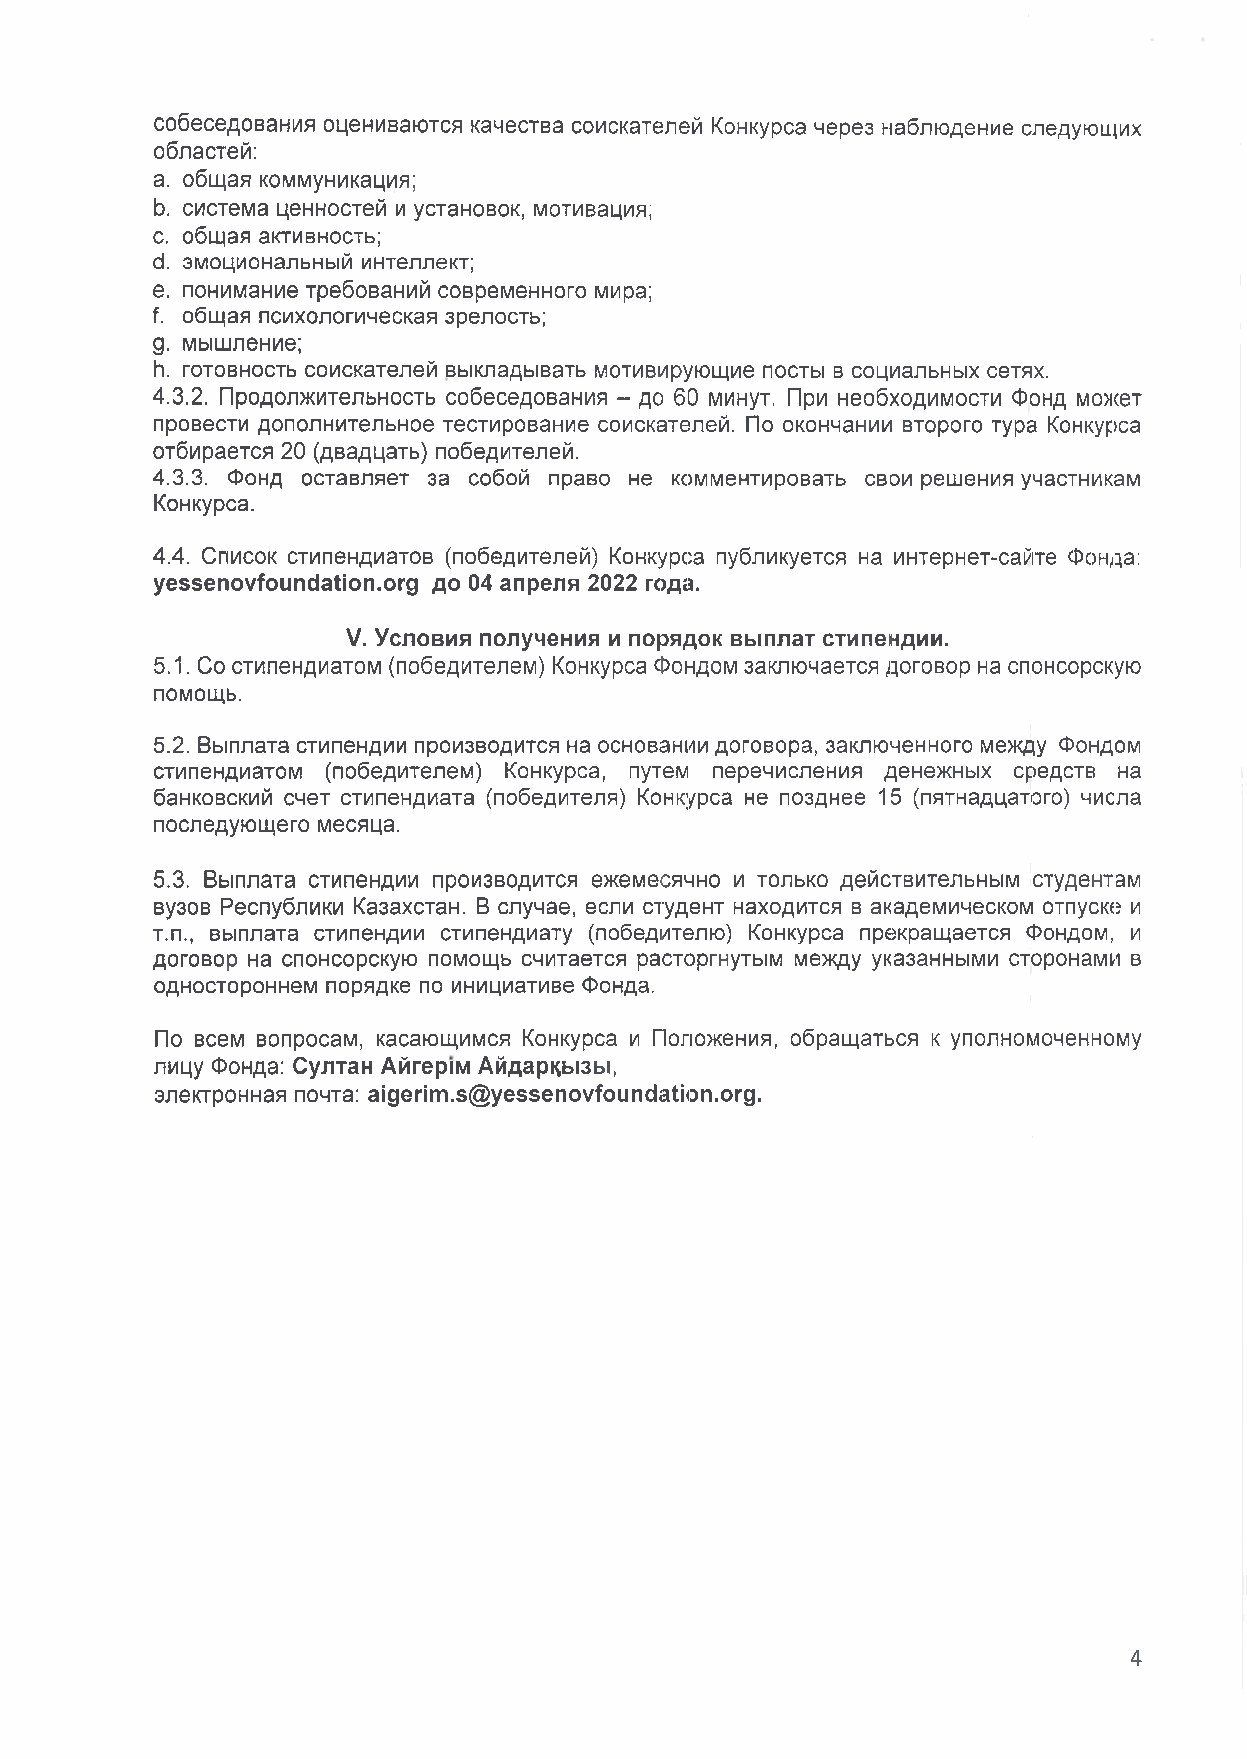
собеседования оцениваются качества соискателей Конкурса через наблюдение следующих
 областей:
 a. общая коммуникация;
 b. система ценностей и установок, мотивация;
 c. общая активность;
 d. эмоциональный интеллект;
 e. понимание требований современного мира;
 f. общая психологическая зрелость;
 д. мышление;
 h. готовность соискателей выкладывать мотивирующие посты в социальных сетях.
 4.3.2. Продолжительность собеседования - до 60 минут. При необходимости Фонд может
 провести дополнительное тестирование соискателей. По окончании второго тура Конкурса
 отбирается 20 (двадцать) победителей.
 4.3.3. Фонд оставляет за собой право не комментировать свои решения участникам
 Конкурса.
 4.4. Список стипендиатов (победителей) Конкурса публикуется на интернет-сайте Фонда:
 yessenovfoundation.org до 04 апреля 2022 года.
 V. Условия получения и порядок выплат стипендии.
 5.1. Со стипендиатом (победителем) Конкурса Фондом заключается договор на спонсорскую
 помощь.
 5.2. Выплата стипендии производится на основании договора, заключенного между Фондом
 стипендиатом (победителем) Конкурса, путем перечисления денежных средств на
 банковский счет стипендиата (победителя) Конкурса не позднее 15 (пятнадцатого) числа
 последующего месяца.
 5.3. Выплата стипендии производится ежемесячно и только действительным студентам
 вузов Республики Казахстан. В случае, если студент находится в академическом отпуске и
 т.п., выплата стипендии стипендиату (победителю) Конкурса прекращается Фондом, и
 договор на спонсорскую помощь считается расторгнутым между указанными сторонами в
 одностороннем порядке по инициативе Фонда.
 По всем вопросам, касающимся Конкурса и Положения, обращаться к уполномоченному
 лицу Фонда: Султан Айгер1м Айдарцызы,
 электронная почта: aigerim.s@yessenovfoundation.org.
 4